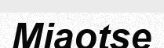
Miaotse